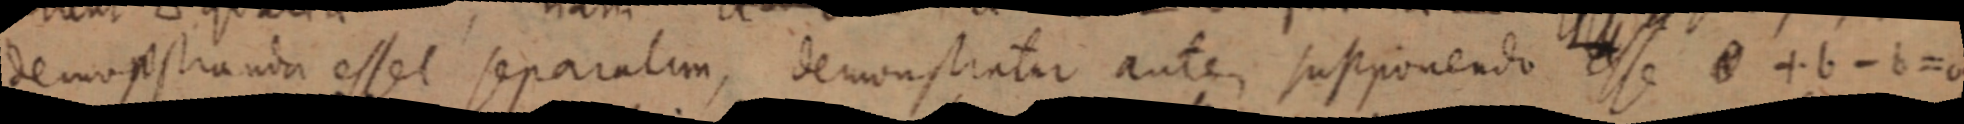
demonstranda esset separatum, demonstratur autem supponendo esse a + b - b = a